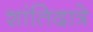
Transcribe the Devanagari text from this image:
शांतिदात्रे